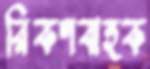
রিকশবাহক